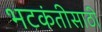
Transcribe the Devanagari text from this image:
भटकंतीसाठी